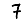
Digit: 7